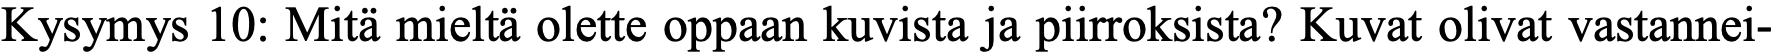
Kysymys 10: Mitä mieltä olette oppaan kuvista ja piirroksista? Kuvat olivat vastannei-